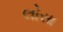
લોસા